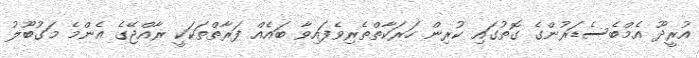
އުރީދޫ އެމްބެސެޑަރުންގެ ގޮތުގައި ކުރިން ހަރަކާތްތެރިވެފައިވާ ބައެއް ފަރާތްތަކަކީ ރާއްޖޭގެ އެންމެ މަގުބޫލު